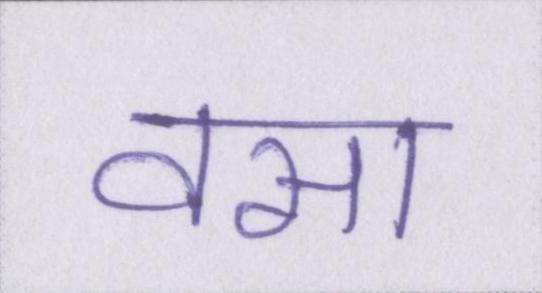
वसा